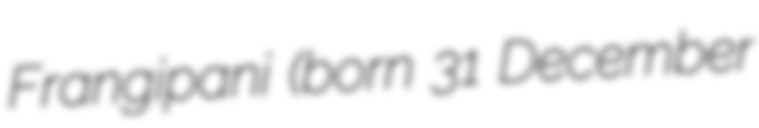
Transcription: Frangipani (born 31 December